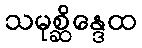
သမုစ္ဆိန္ဒေထ